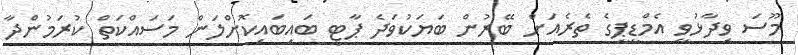
މޫސަ ވިދާޅުވީ އެމްޑީޕީގެ ތެރެއަށް ބޭރުން ބަޔަކުވަދެ ޕާޓީ ބައިބައިކޮށްލަން މަސައްކަތް ކުރަމުންދާ